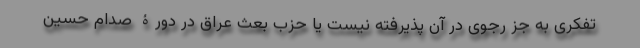
تفکری به جز رجوی در آن پذیرفته نیست یا حزب بعث عراق در دورۀ صدام حسین